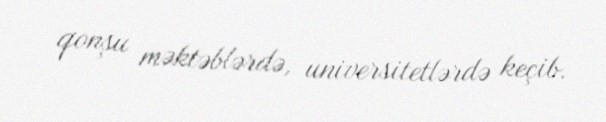
qonşu məktəblərdə, universitetlərdə keçib.